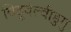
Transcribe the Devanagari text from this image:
विडूवेल्वीडुगु